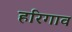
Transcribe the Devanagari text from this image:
हरिगाव